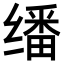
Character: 𬙆